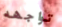
تواجهه